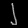
Digit: ၂